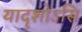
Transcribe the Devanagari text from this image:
यादृशोऽसि